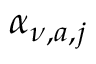
\alpha _ { \nu , a , j }